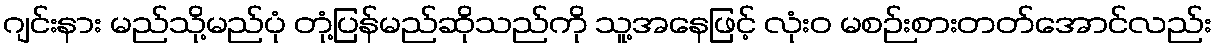
ဂျင်းနား မည်သို့မည်ပုံ တုံ့ပြန်မည်ဆိုသည်ကို သူ့အနေဖြင့် လုံးဝ မစဉ်းစားတတ်အောင်လည်း